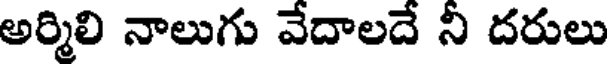
అర్మిలి నాలుగు వేదాలదే నీ దరులు